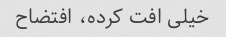
خیلی افت کرده، افتضاح